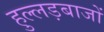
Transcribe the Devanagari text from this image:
हुल्लड़बाजों